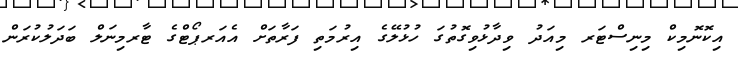
އިކޮނޮމިކް މިނިސްޓަރ މިއަދު ވިދާޅުވިގޮތުގަ ހުޅުލޭގެ އިރުމަތި ފަރާތަށް އެއަރޕޯޓްގެ ޓާރމިނަލް ބަދަލުކުރަން